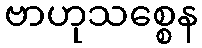
ဗာဟုသစ္စေန